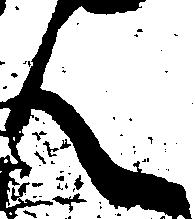
人